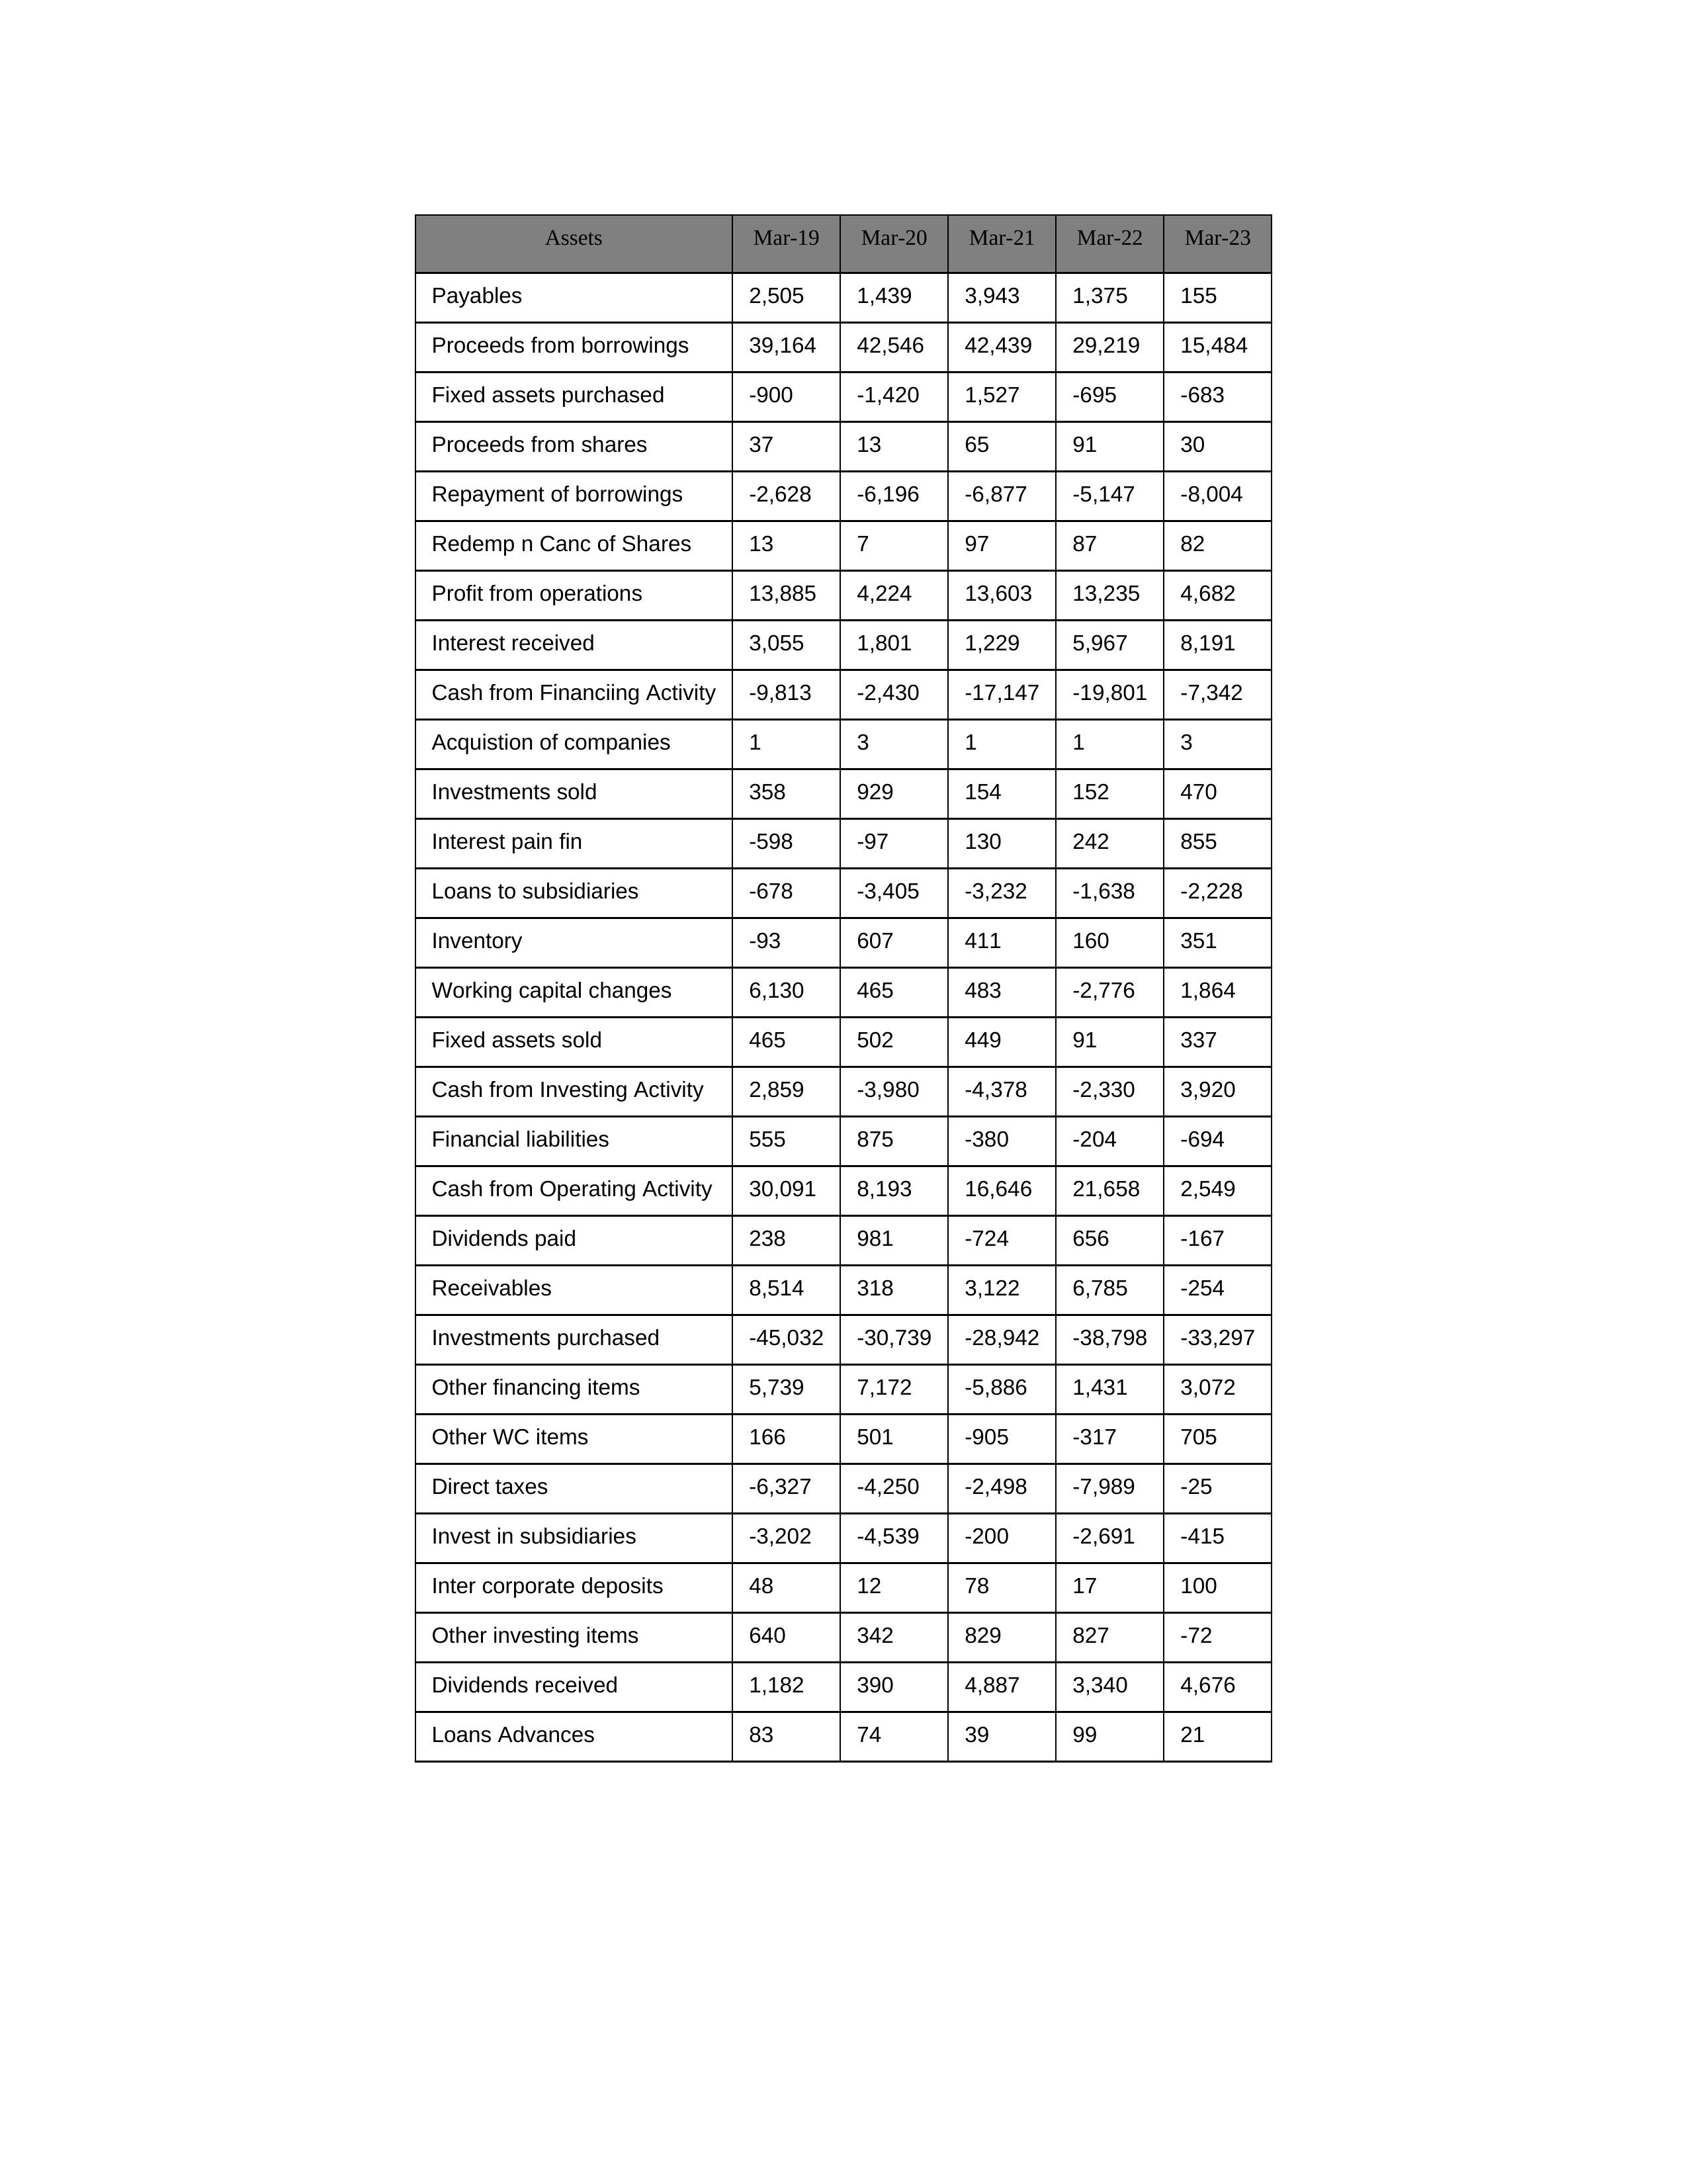
gt_parse: Mar-19: Cash from Operating Activity: 30,091
Profit from operations: 13,885
Receivables: 8,514
Inventory: -93
Payables: 2,505
Loans Advances: 83
Other WC items: 166
Working capital changes: 6,130
Direct taxes: -6,327
Cash from Investing Activity: 2,859
Fixed assets purchased: -900
Fixed assets sold: 465
Investments purchased: -45,032
Investments sold: 358
Interest received: 3,055
Dividends received: 1,182
Invest in subsidiaries: -3,202
Loans to subsidiaries: -678
Redemp n Canc of Shares: 13
Acquistion of companies: 1
Inter corporate deposits: 48
Other investing items: 640
Cash from Financiing Activity: -9,813
Proceeds from shares: 37
Proceeds from borrowings: 39,164
Repayment of borrowings: -2,628
Interest pain fin: -598
Dividends paid: 238
Financial liabilities: 555
Other financing items: 5,739
Mar-20: Cash from Operating Activity: 8,193
Profit from operations: 4,224
Receivables: 318
Inventory: 607
Payables: 1,439
Loans Advances: 74
Other WC items: 501
Working capital changes: 465
Direct taxes: -4,250
Cash from Investing Activity: -3,980
Fixed assets purchased: -1,420
Fixed assets sold: 502
Investments purchased: -30,739
Investments sold: 929
Interest received: 1,801
Dividends received: 390
Invest in subsidiaries: -4,539
Loans to subsidiaries: -3,405
Redemp n Canc of Shares: 7
Acquistion of companies: 3
Inter corporate deposits: 12
Other investing items: 342
Cash from Financiing Activity: -2,430
Proceeds from shares: 13
Proceeds from borrowings: 42,546
Repayment of borrowings: -6,196
Interest pain fin: -97
Dividends paid: 981
Financial liabilities: 875
Other financing items: 7,172
Mar-21: Cash from Operating Activity: 16,646
Profit from operations: 13,603
Receivables: 3,122
Inventory: 411
Payables: 3,943
Loans Advances: 39
Other WC items: -905
Working capital changes: 483
Direct taxes: -2,498
Cash from Investing Activity: -4,378
Fixed assets purchased: 1,527
Fixed assets sold: 449
Investments purchased: -28,942
Investments sold: 154
Interest received: 1,229
Dividends received: 4,887
Invest in subsidiaries: -200
Loans to subsidiaries: -3,232
Redemp n Canc of Shares: 97
Acquistion of companies: 1
Inter corporate deposits: 78
Other investing items: 829
Cash from Financiing Activity: -17,147
Proceeds from shares: 65
Proceeds from borrowings: 42,439
Repayment of borrowings: -6,877
Interest pain fin: 130
Dividends paid: -724
Financial liabilities: -380
Other financing items: -5,886
Mar-22: Cash from Operating Activity: 21,658
Profit from operations: 13,235
Receivables: 6,785
Inventory: 160
Payables: 1,375
Loans Advances: 99
Other WC items: -317
Working capital changes: -2,776
Direct taxes: -7,989
Cash from Investing Activity: -2,330
Fixed assets purchased: -695
Fixed assets sold: 91
Investments purchased: -38,798
Investments sold: 152
Interest received: 5,967
Dividends received: 3,340
Invest in subsidiaries: -2,691
Loans to subsidiaries: -1,638
Redemp n Canc of Shares: 87
Acquistion of companies: 1
Inter corporate deposits: 17
Other investing items: 827
Cash from Financiing Activity: -19,801
Proceeds from shares: 91
Proceeds from borrowings: 29,219
Repayment of borrowings: -5,147
Interest pain fin: 242
Dividends paid: 656
Financial liabilities: -204
Other financing items: 1,431
Mar-23: Cash from Operating Activity: 2,549
Profit from operations: 4,682
Receivables: -254
Inventory: 351
Payables: 155
Loans Advances: 21
Other WC items: 705
Working capital changes: 1,864
Direct taxes: -25
Cash from Investing Activity: 3,920
Fixed assets purchased: -683
Fixed assets sold: 337
Investments purchased: -33,297
Investments sold: 470
Interest received: 8,191
Dividends received: 4,676
Invest in subsidiaries: -415
Loans to subsidiaries: -2,228
Redemp n Canc of Shares: 82
Acquistion of companies: 3
Inter corporate deposits: 100
Other investing items: -72
Cash from Financiing Activity: -7,342
Proceeds from shares: 30
Proceeds from borrowings: 15,484
Repayment of borrowings: -8,004
Interest pain fin: 855
Dividends paid: -167
Financial liabilities: -694
Other financing items: 3,072